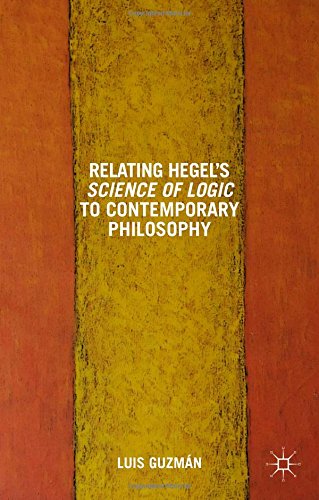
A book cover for Relating Hegel's Science of Logic to Contemporary Philosophy: Themes and Resonances; Luis Guzman; Politics & Social Sciences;